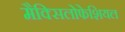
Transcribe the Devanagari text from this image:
मैक्सिलोफेशियल